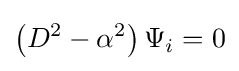
\left(D^{2}-\alpha ^{2}\right)\Psi _{i}=0